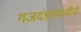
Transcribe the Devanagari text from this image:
गजदंडस्वामींनी